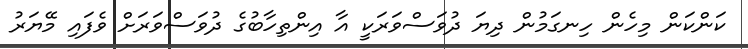
ކަންކަން މިހެން ހިނގަމުން ދިޔަ ދުވަސްވަރަކީ އާ އިންތިހާބުގެ ދުވަސްވަރަށް ވެފައި މޭޔަރު